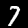
Digit: 7